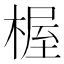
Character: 楃